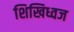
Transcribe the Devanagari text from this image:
शिखिध्वज